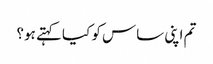
تم اپنی ساس کو کیا کہتے ہو؟